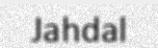
Jahdal